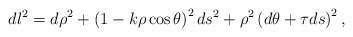
\begin{align*}dl^2 = d\rho^2 + \left (1-k\rho\cos\theta\right )^2ds^2 +\rho ^2\left (d\theta + \tau ds\right )^2,\end{align*}